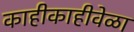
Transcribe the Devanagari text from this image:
काहीकाहीवेळा